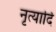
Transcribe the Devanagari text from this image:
नृत्यादि